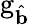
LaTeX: \mathrm{g}_{\hat{\mathbf{b}}}